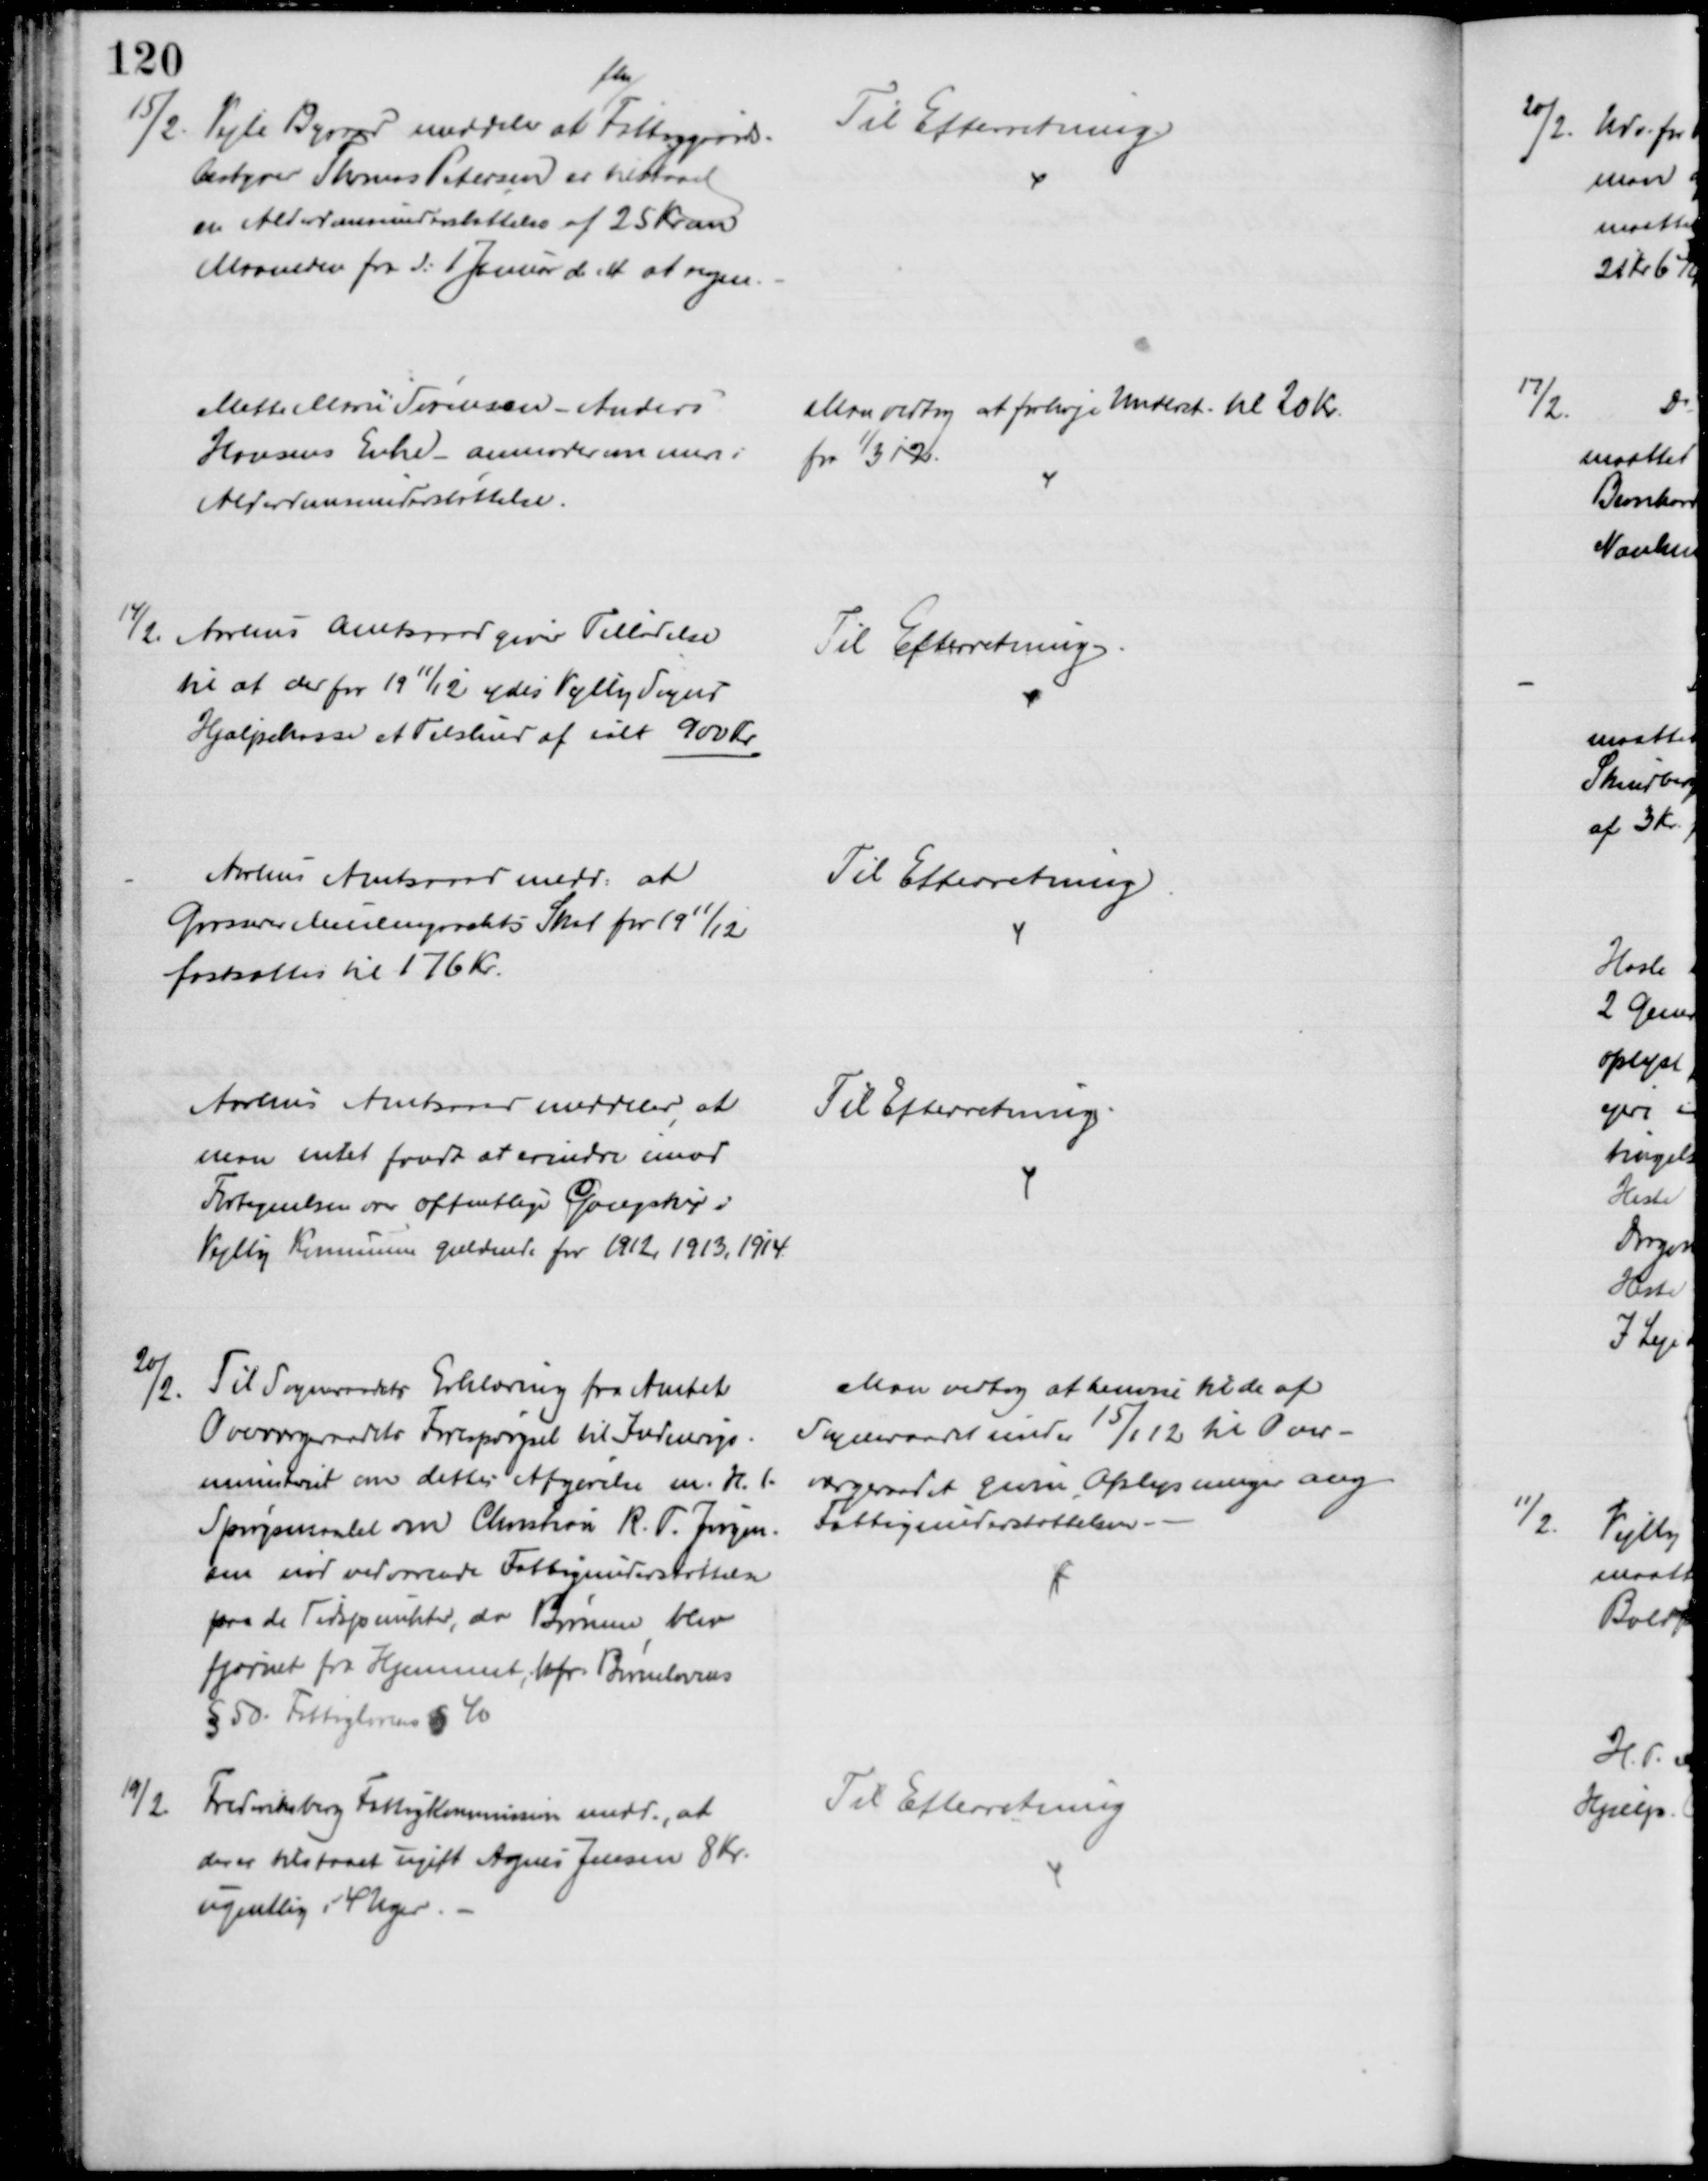
Transskription:
15/2.
Vejle Byraad meddeler at 
fhv
Fattiggaards-
bestyrer Thomas Petersen er tilstaaet 
en Alderdomsunderstøttelse af 25 Kr om
Maaneden fra d: 1 Januar d. A. at regne.
Til Efterretning.
Mette Marie Sørensen - Anders
Hansens Enke - anmoder om mere i
Alderdomsunderstøttelse.
Man vedtog at forhøje Underst. til 20 Kr.
fra 1/3 1912.
14/2 Aarhus Amtsraad giver Tilladelse
til at der for 1911/12 ydes Vejlby Sogns
Hjælpekasse et Tilskud af ialt 900 Kr.
Til Efterretning.
Århus Amtsraad medd. at
Grosserer Meulengrachts Skat for 1911/12
fastsættes til 176 Kr.
Til Efterretning
Aarhus Amtsraad meddeler, at
man intet fandt at erindre imod
Fortegnelsen over offentlige Gangstier i
Vejlby Kommune gældende for 1912, 1913, 1914.
Til Efterretning.
20/2.
Til Sogneraadets Erklæring fra Amtet
Overværgeraadets Forespørgsel til Indenrigs-
ministeriet om dettes Afgørelse m. H. t.
Spørgsmaalet om Christian R. T. Jørgen-
sen nød vedvarende Fattigunderstøttelse
paa de Tidspunkter, da Børnene blev
fjernet fra Hjemmet, hfr. Børnelovens
§ 50. Fattiglovens § 40
Man vedtog at henvise til de af 
Sogneraadet under 15/1 12 til Over=
værgeraadet givne Oplysninger ang
Fattigunderstøttelsen.
19/2
Frederiksberg Fattigkommission medd., at 
der er tilstaaet ugift Agnes Jensen 8 Kr.
ugentlig i 4 Uger.
Til Efterretning